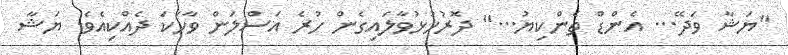
"ޔަޝާ ވަދޭ... އެންޑް ތެންކިޔު..." ދޮރުހުޅުވާލައިގެން ހުރެ އަސްލަން ވާހަކަ ދެއްކިއެވެ. ޔަޝާ